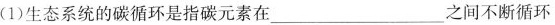
(1)生态系统的碳循环是指碳元素在___之间不断循环